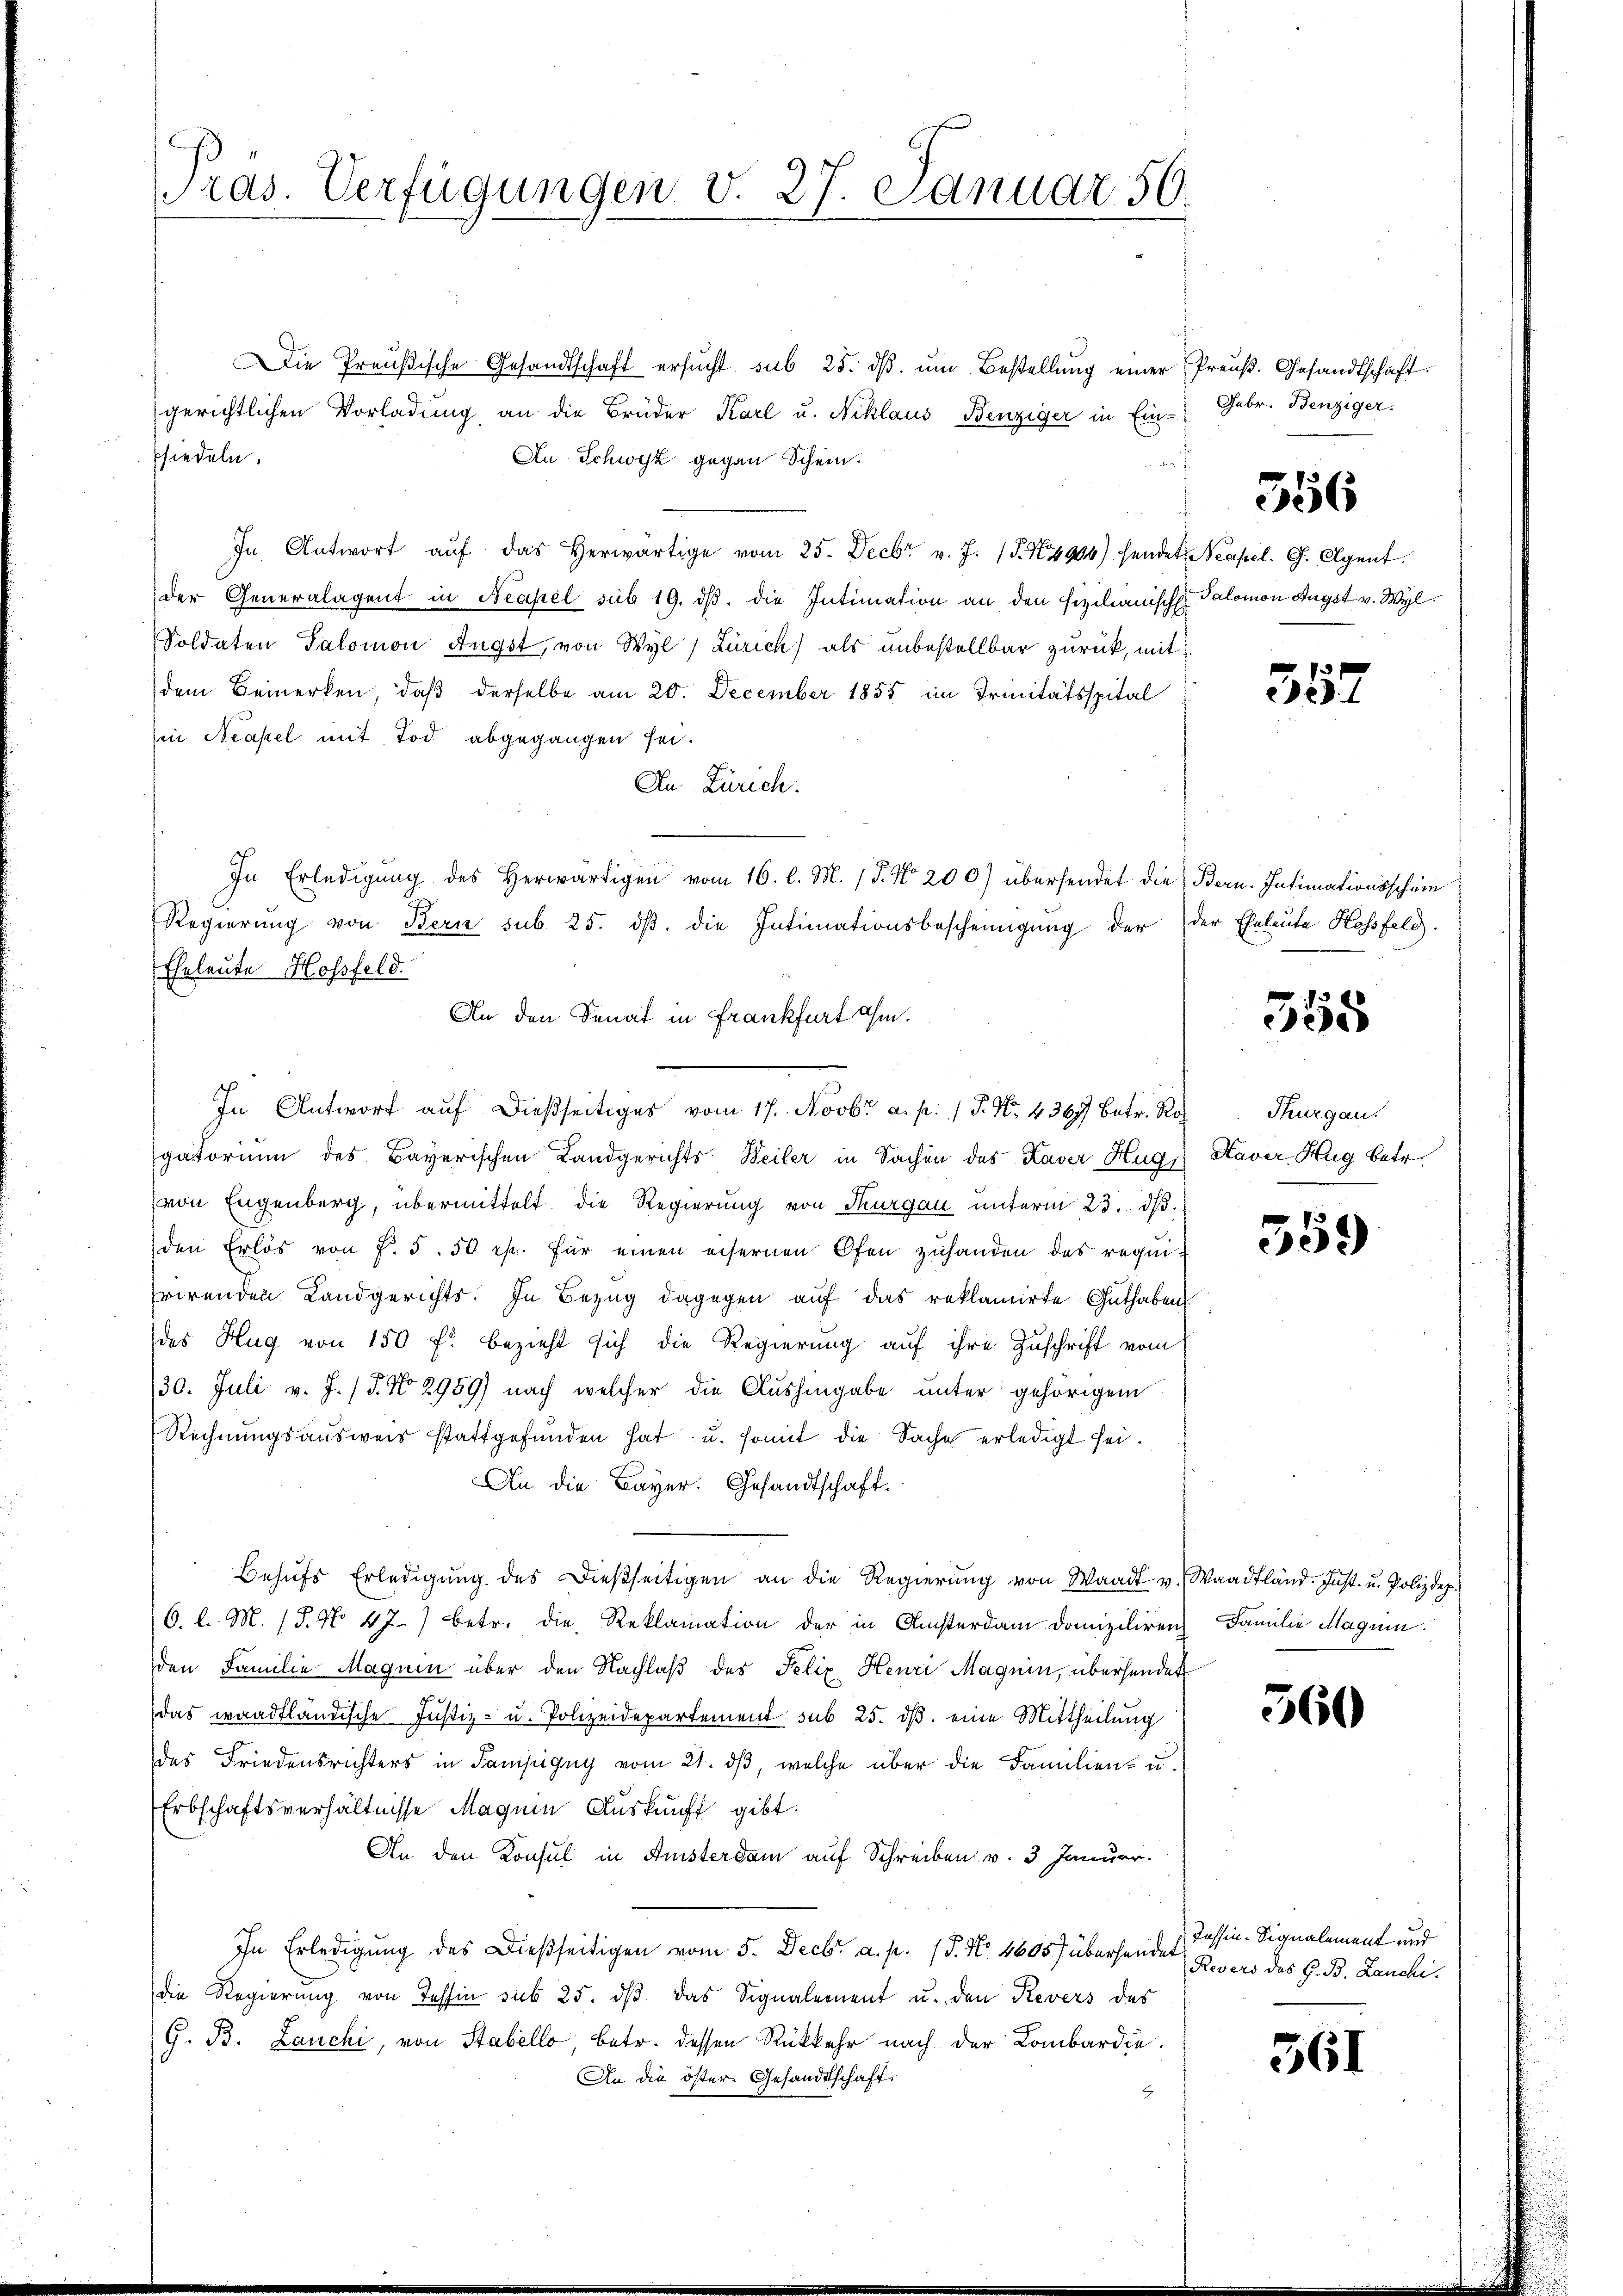
Die Preußische Gesandtschaft ersŭcht sub 25. dβ ŭm Bestellung einer Preuß. Gesandtschaft.
gerichtlichen Vorladung, an die Brüder Karl u. Niklaus Benziger in Ein-
An Schwyz gegen Schein.
siedeln.
52.
In Antwort aŭf das herwärtige vom 25. Decbr v. J. (T. N. 4994) sendet, Neapel. G. Agent
der Generalagent in Neapel sub 19. dβ. die Intimation an den fizilianische Salomon Augst v. Wyl
Soldaten Salomon Augst, von Wyl, Zürich) als unbestellbar zurück, mit
dem Bemerken, daß derselbe am 20. December 1855 im Trinitätsspital
in Neapel mit Tod abgegangen sei.
An Zürich.
In Erledigŭng des herwärtigen vom 16. l. M. 18. No. 200) übersendet die Bern. Intimationsschein
Regierŭng von Bern sub. 25. dβ. die Intimationsbescheinigŭng der der Eheleute Hossfeld.
Eheleute Hossfeld.
An den Senat in Frankfurt ihm.
In Antwort auf dießseitiges vom 17. Novbr a. p. / P. Nr. 4367 betr. Ro
gatorium des Bayerischen Landgerichts Weiler in Sachen des Kaver Hug,) Kaver Hug betr.
(von Eugenberg, übermittelt die Regierung von Thurgau unterm 23. dβ.
den Erlös von f. 5. 50 rp. für einen eisernen Ofen zuhanden des requi-
rirenden Landgerichts. In Bezug dagegen auf das reklamirte Guthaben
des Hug von 150 f. bezieht sich die Regierung auf ihre Zuschrift vom
30. Juli v. J. (T. No 2959) nach welcher die Aushingabe unter gehörigem
Rechnŭngsausweis stattgefŭnden hat u. somit die Sache erledigt sei.
An die Bayer. Gesandtschaft.
Behŭfs Erledigŭng des dießseitigen an die Regierŭng von Waadt v. Waadtländ. Inst. u. Polizdep.
6. l. M. 18. No. 47) betr. die Reklamation der in Ansterdam domiziliren Familie Magnin.
den Familie Magnen über den Nachlaß des Felix Henri Magnin, übersendet
das waadtländische Justiz- u. Polizeidepartement sub 25. dβ eine Mittheilung
des Friedensrichters in Sampigny vom 21. dβ, welche über die Familien- u.
Erbschaftsverhältnisse Magnen Auskunft gibt.
An den Konsul in Amsterdam auf Schreiben v. 3. Januar.
In Erledigung des Dießseitigen vom 5. Decbr. a. p. 18. No. 4605) übersendet Revers des H. B. Lanchi
die Regierŭng von Tessin sub 25. dβ das Signalement u. den Revers des
G. B. Lanchi, von Stabello betr. dessen Rückkehr nach der Lombardie
An die öster. Gesandtschaft,

ras. Verfügungen v. 27. Januar 59

Febr. Benziger.

556

357

355

Thurgau.

359

360

Tessin-Signalement und

361